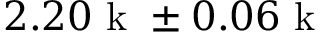
2 . 2 0 \mathrm { ~ k ~ } \pm 0 . 0 6 \mathrm { ~ k ~ }